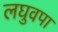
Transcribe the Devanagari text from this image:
लघुवपा